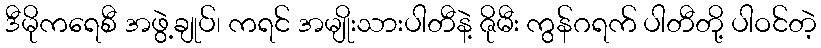
ဒီမိုကရေစီ အဖွဲ့ချုပ်၊ ကရင် အမျိုးသားပါတီနဲ့ ဇိုမီး ကွန်ဂရက် ပါတီတို့ ပါဝင်တဲ့